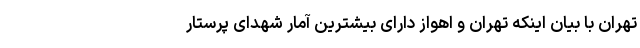
تهران با بیان اینکه تهران و اهواز دارای بیشترین آمار شهدای پرستار